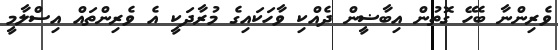
ވެރިންނާ ބެހޭ ގޮތުން އިބާޟީން ދެއްކި ވާހަކައިގެ މުރާދަކީ އެ ވެރިންތައް އިސްލާމީ